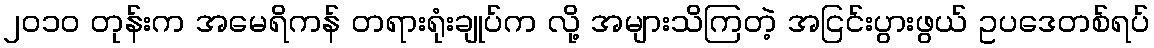
၂၀၁၀ တုန်းက အမေရိကန် တရားရုံးချုပ်က လို့ အများသိကြတဲ့ အငြင်းပွားဖွယ် ဥပဒေတစ်ရပ်